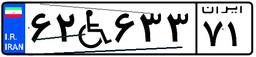
۸۹W۵۸۸۵۹